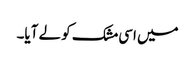
میں اسی مشک کو لے آیا۔